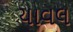
યાવલ